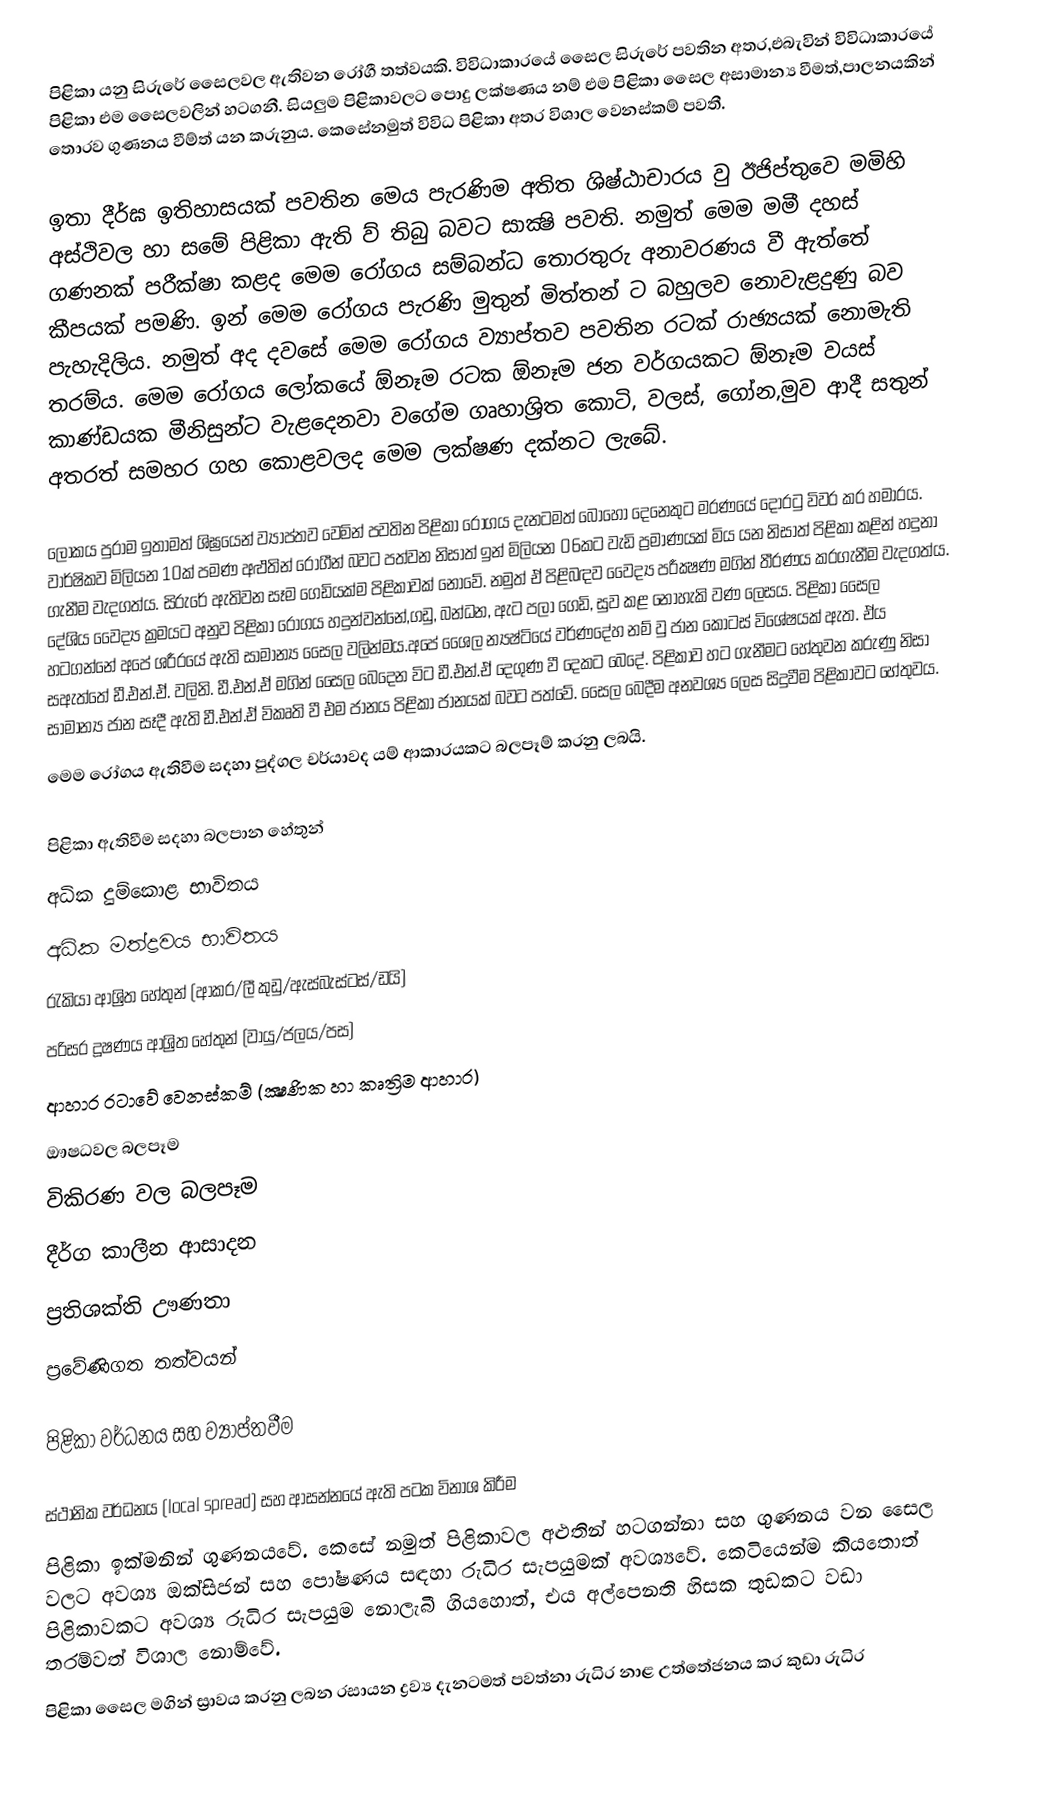
පිළිකා යනු සිරුරේ සෛලවල ඇතිවන රෝගී තත්වයකි. විවිධාකාරයේ සෛල සිරුරේ පවතින අතර,එබැවින් විවිධාකාරයේ පිළිකා එම සෛලවලින් හටගනී. සියලුම පිළිකාවලට පොදු ලක්ෂණය නම් එම පිළිකා සෛල අසාමාන්‍ය වීමත්,පාලනයකින් තොරව ගුණනය වීම්ත් යන කරුනුය. කෙසේනමුත් විවිධ පිළිකා අතර විශාල වෙනස්කම් පවතී.

ඉතා දීර්ඝ ඉතිහාසයක් පවතින මෙය පැරණිම අතිත ශිෂ්ඨාචාරය වු ඊජිප්තුවෙ මමිහි අස්ථිවල හා සමේ පිළිකා ඇති ව් තිබු බවට සාක්‍ෂි පවති. නමුත් මෙම මමී දහස් ගණනක් පරීක්ෂා කළද මෙම රෝගය සම්බන්ධ තොරතුරු අනාවරණය වී ඇත්තේ කීපයක් පමණි. ඉන් මෙම රෝගය පැරණි මුතුන් මිත්තන් ට බහුලව නොවැළදුණු බව පැහැදිලිය. නමුත් අද දවසේ මෙම රෝගය ව්‍යාප්තව පවතින රටක් රාඡ්‍යයක් නොමැති තරම්ය. මෙම රෝගය ලෝකයේ ඕනෑම රටක ඕනෑම ජන වර්ගයකට ඕනෑම වයස් කාණ්ඩයක මීනිසුන්ට වැළදෙනවා වගේම ගෘහාශ්‍රිත කොටි, වලස්,‍ ගෝන,මුව ආදී සතුන් අතරත් සමහර ගහ කොළවලද මෙම ලක්ෂණ දක්නට ලැබේ.

ලෝකය පුරාම ඉතාමත් ශිඝ්‍රයෙන් ව්‍යාප්තව වෙමින් පවතින පිළිකා රෝගය දැනටමත් බොහෝ දෙනෙකුට මරණයේ දොරටු විවර කර හමාරය. වාර්ෂිකව මිලියන 10ක් පමණ අළුතින්  රෝගීන් බවට පත්වන නිසාත් ඉන් මිලියන 06කට වැඩි ප්‍රමාණයක් මිය යන නිසාත් පිළිකා කළින් හදුනා ගැනීම වැදගත්ය. සිරුරේ ඇතිවන සෑම ගෙඩියක්ම පිළිකාවක් නොවේ. නමුත් ඒ පිළිබඳව වෛද්‍ය පරීක්‍ෂණ මගින් තීරණය කරගැනීම වැදගත්ය. දේශිය වෛද්‍ය ක්‍රමයට  අනුව පිළිකා රෝගය හදුන්වන්නේ,ගඩු, බන්ධන, ඇට පලා ගෙඩි, සුව කළ නොහැකි වණ ලෙසය. පිළිකා සෛල හටගන්නේ අපේ ශරීරයේ ඇති සාමාන්‍ය සෛල වලින්මය.අපේ ශෛල න්‍යෂ්ටියේ වර්ණදේහ නම් වු ජාන කොටස් විශේෂයක් ඇත. ඒය සඇත්තේ ඩී.එන්.ඒ. වලිනි. ඩී.එන්.ඒ මගින් සෛල බෙදෙන විට ඩී.එන්.ඒ දෙගුණ වී දෙකට බෙදේ. පිළිකාව හට ගැනීමට හේතුවන කරුණු නිසා සාමාන්‍ය ජාන සෑදී ඇති ඩී.එන්.ඒ විකෘති වී එම ජානය පිළිකා ජානයක් බවට පත්වේ. සෛල බෙදීම අනවශ්‍ය ලෙස සිදුවීම  පිළිකාවට හේතුවය.
මෙම රෝගය ඇතිවීම සදහා පුද්ගල චර්යාවද යම් ආකාරයකට බලපෑම් කරනු ලබයි.

පිළිකා ඇතිවීම සදහා බලපාන හේතුන්
අධික දුම්කොළ භාවිතය
අධික මත්ද්‍රවය භාවිතය
රැකියා ආශ්‍රිත හේතුන් (ආකර/ලී කුඩු/ඇස්බැස්ටස්/ඩයි)
පරිසර දූෂණය ආශ්‍රිත හේතුන් (වායු/ජලය/පස)
ආහාර රටාවේ වෙනස්කම් (ක්‍ෂණික හා කෘත්‍රිම ආහාර)
ඖෂධවල බලපෑම
විකිරණ වල බලපෑම
දීර්ග කාලීන ආසාදන
ප්‍රතිශක්ති ඌණතා
ප්‍රවේණිගත තත්වයන්

පිළිකා වර්ධනය සහ ව්‍යාප්තවීම

ස්ථානික වර්ධනය (local spread) සහ ආසන්නයේ ඇති පටක විනාශ කිරීම
පිළිකා ඉක්මනින් ගුණනයවේ. කෙසේ නමුත් පිළිකාවල අළුතින් හටගන්නා සහ ගුණනය වන සෛල වලට අවශ්‍ය ඔක්සිජන් සහ පෝෂණය සඳහා රුධිර සැපයුමක් අවශ්‍යවේ. කෙටියෙන්ම කියතොත් පිළිකාවකට අවශ්‍ය රුධිර සැපයුම නොලැබී ගියහොත්, එය අල්පෙනති හිසක තුඩකට වඩා තරම්වත් විශාල නොම්වේ.
පිළිකා සෛල මගින් ස්‍රාවය කරනු ලබන රසායන ද්‍රව්‍ය දැනටමත් පවත්නා රුධිර නාළ උත්තේජනය කර කුඩා රුධිර